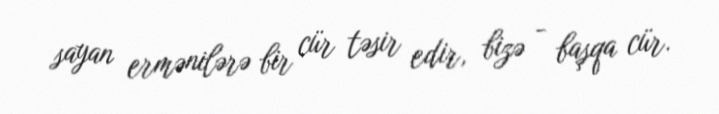
sayan ermənilərə bir cür təsir edir, bizə - başqa cür.